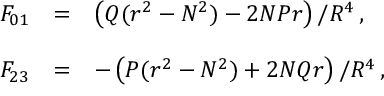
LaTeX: \begin{array} { r c l } { { F _ { 0 1 } } } & { { = } } & { { \left( Q ( r ^ { 2 } - N ^ { 2 } ) - 2 N P r \right) / R ^ { 4 } \, , } } \\ { { } } & { { } } & { { } } \\ { { F _ { 2 3 } } } & { { = } } & { { - \left( P ( r ^ { 2 } - N ^ { 2 } ) + 2 N Q r \right) / R ^ { 4 } \, , } } \end{array}